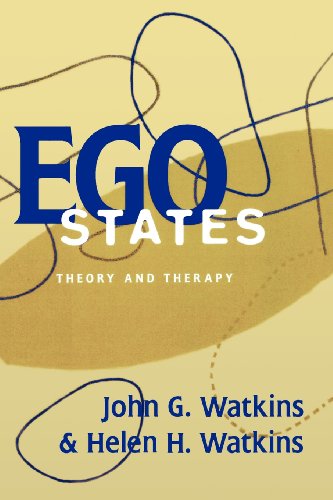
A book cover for Ego States: Theory and Therapy; Helen H. Watkins; Health, Fitness & Dieting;